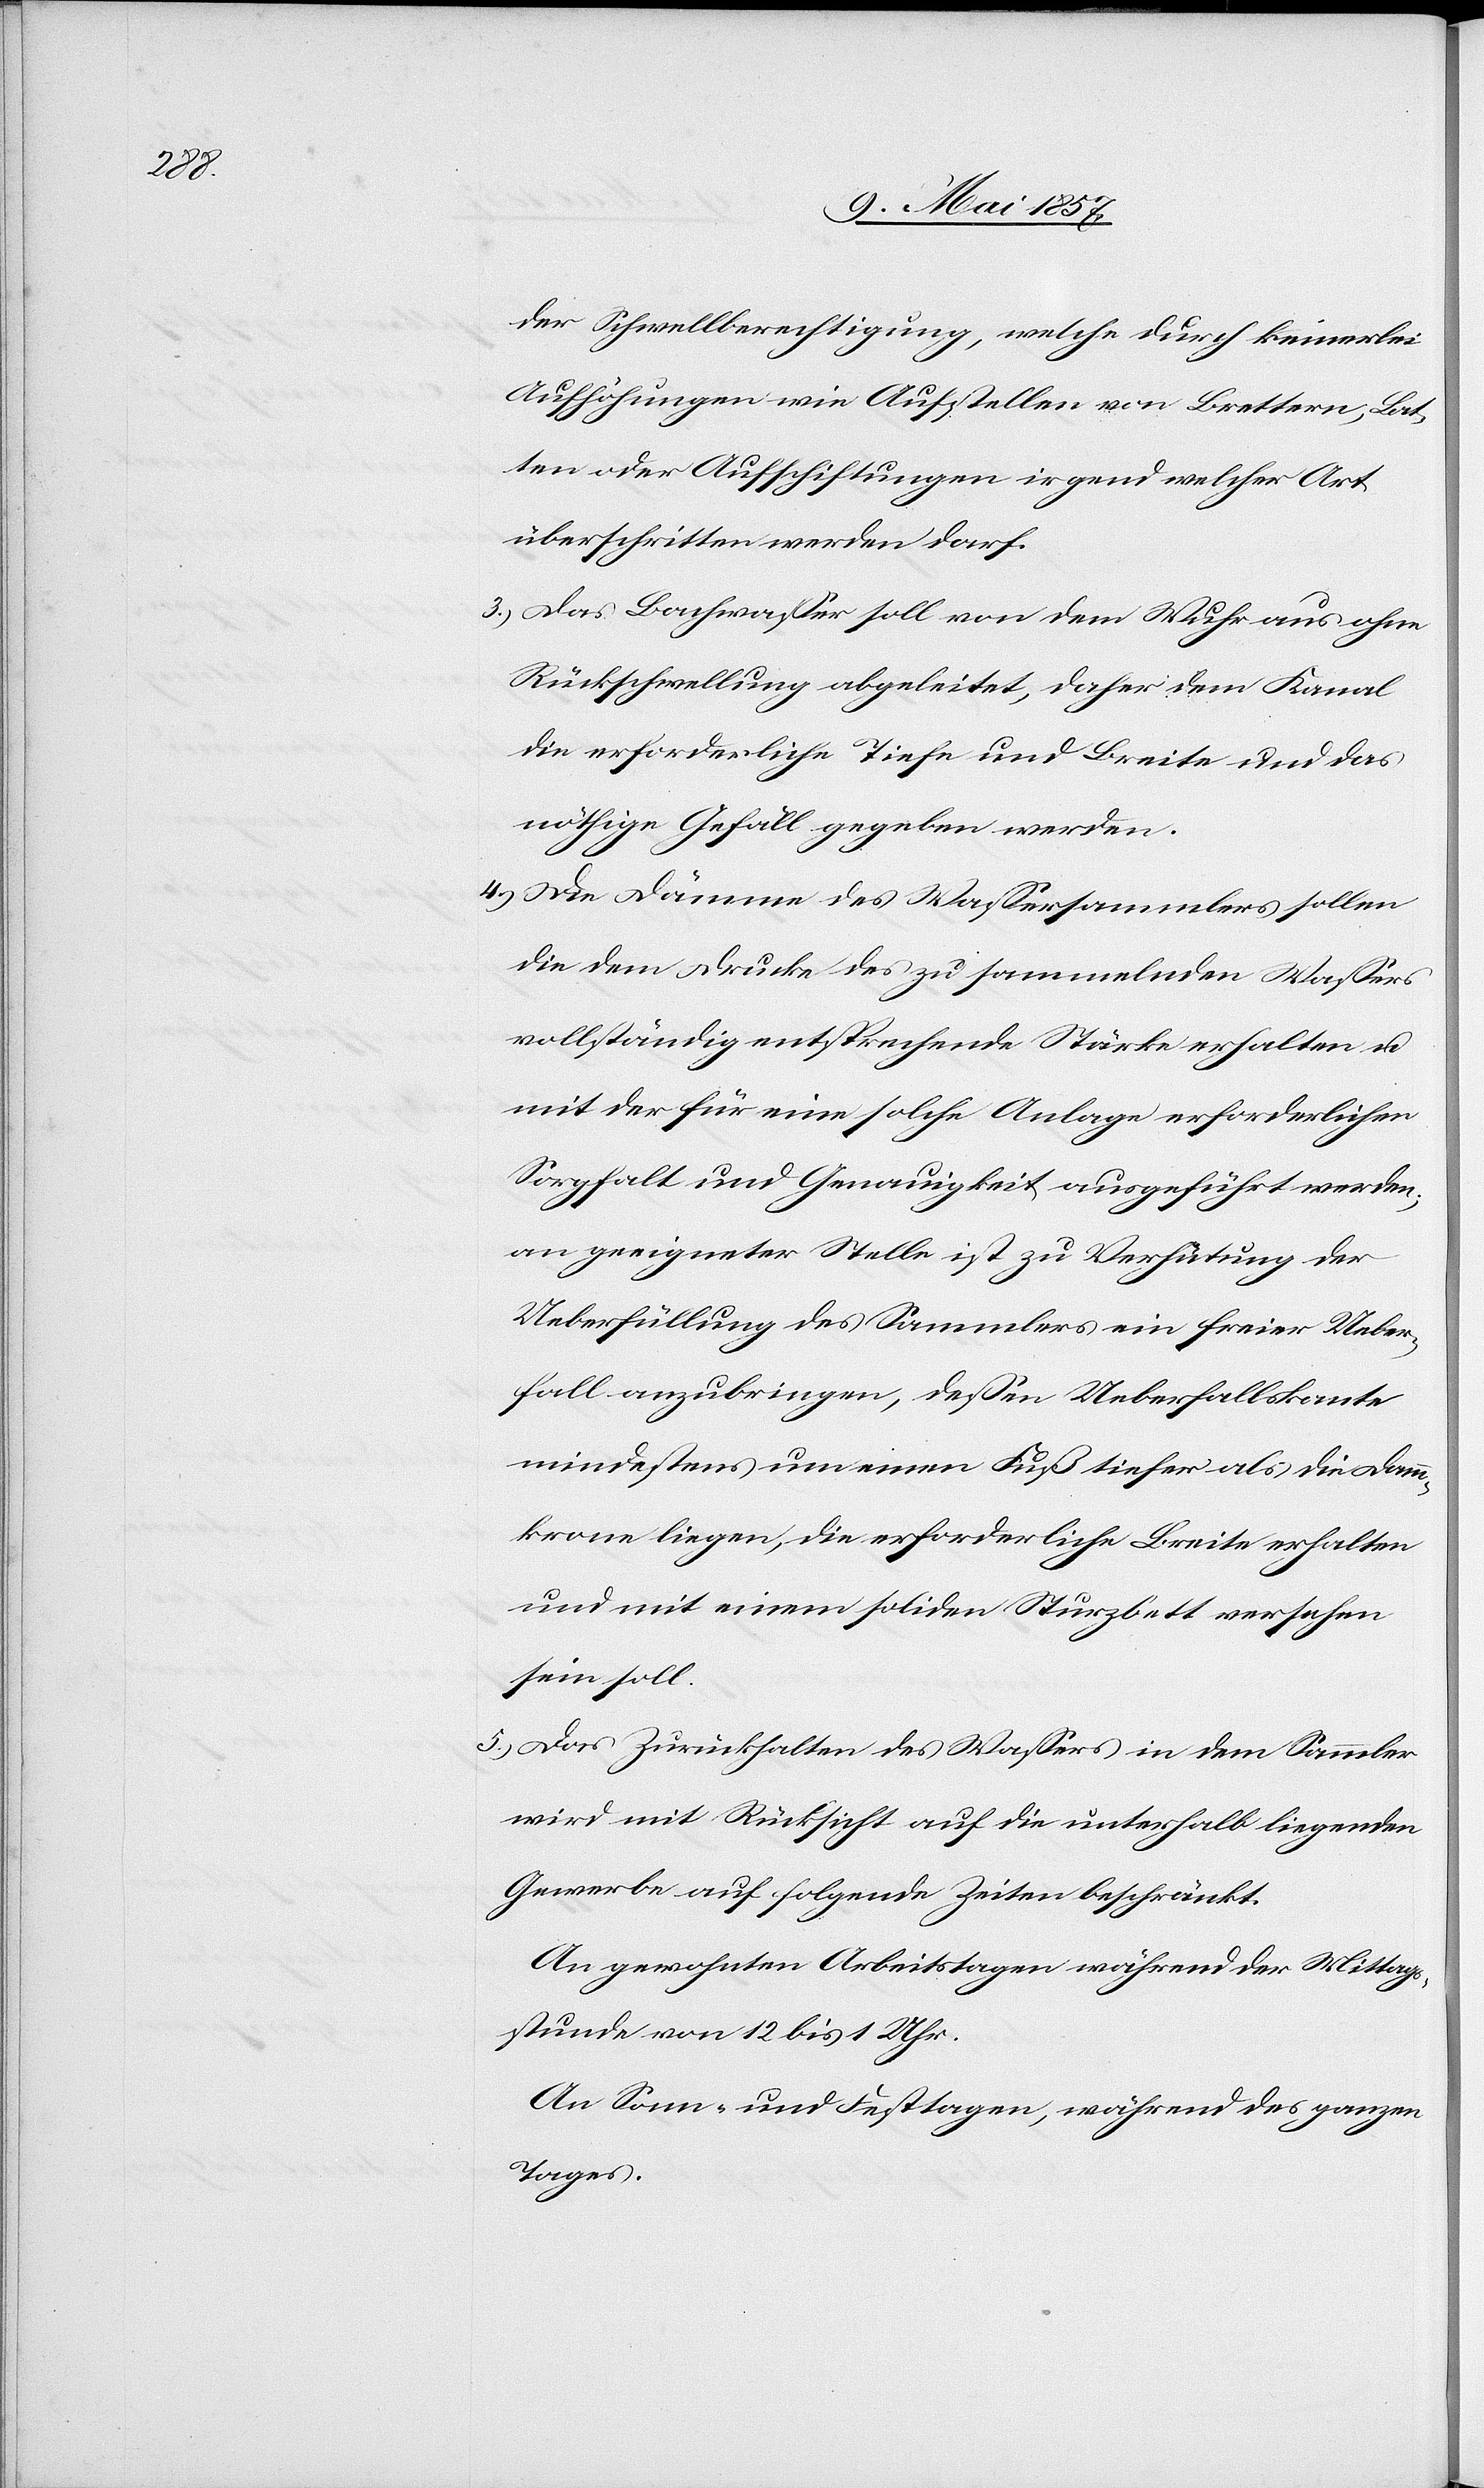
der Schwellenberechtigung, welche durch keinerlei
Aufhöhungen wie Aufstellen von Brettern, Lat¬
ten oder Aufschichtungen irgend welcher Art
überschritten werden darf.
3.) Das Bachwasser soll von dem Wuhr aus ohne
Rückschwellung abgeleitet, daher dem Kanal
die erforderliche Tiefe und Breite und das
nöthige Gefäll gegeben werden.
4.) Die Dämme des Wassersammlers sollen
die dem Drucke des zu sammelnden Wassers
vollständig entsprechende Stärke erhalten u.
mit der für eine solche Anlage erforderlichen
Sorgfalt und Genauigkeit ausgeführt werden;
an geeigneter Stelle ist zu Verhütung der
Ueberfüllung des Sammlers ein freier Ueber¬
fall anzubringen, dessen Ueberfallskante
mindestens um einen Fuß tiefer als die Damm¬
krone liegen, die erforderliche Breite erhalten
und mit einem soliden Sturzbett versehen
sein soll.
5.) Das Zurückhalten des Wassers in dem Sammler
wird mit Rücksicht auf die unterhalb liegenden
Gewerbe auf folgende Zeiten beschränkt.
An gewohnten Arbeitstagen während der Mittags¬
stunde von 12 bis 1 Uhr.
An Sonn- und Festtagen, während des ganzen
Tages.